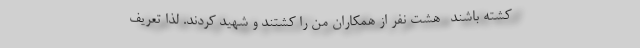
کشته باشند- هشت نفر از همکاران من را کشتند و شهید کردند. لذا تعریف